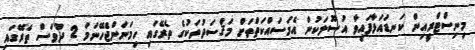
މިނިސްޓްރީއިން ކަނޑައަޅާފައިވާ އުސޫލަކުން އެމަސައްކަތްތަށް މަޤްސަދުތަކުގެ ތެރޭގައި ހިމަނަންޖެހޭނަމަ 2 ދުވަސް ތެރޭގައި